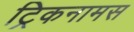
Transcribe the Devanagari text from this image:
ट्रिकनामस